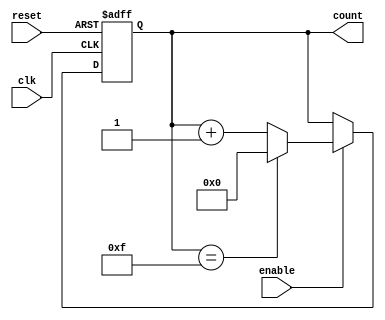
module up_counter (
    input wire clk,           // Clock input
    input wire enable,        // Enable control signal
    input wire reset,         // Reset signal (optional, can be synchronous or asynchronous)
    output reg [N-1:0] count  // Counter output (N-bit)
);

parameter N = 4; // Specify the number of bits for the counter (can be modified as needed)

always @(posedge clk or posedge reset) begin
    if (reset) begin
        count <= 0;         // Reset the counter to 0
    end else if (enable) begin
        count <= count + 1; // Increment the counter
        // Handle overflow (wrap-around behavior)
        if (count == {N{1'b1}}) // Check if count has reached maximum value (all bits high)
            count <= 0;        // Reset the count to 0 if overflow occurs
    end
end

endmodule